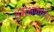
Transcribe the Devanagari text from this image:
क्षेत्ररक्षणाच्या